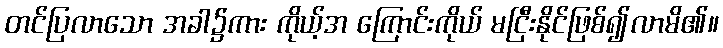
တင်ပြလာသော အခါ၌ကား ကိုယ့်အ ကြောင်းကိုယ် မငြီးနိုင်ဖြစ်၍လာမိ၏။